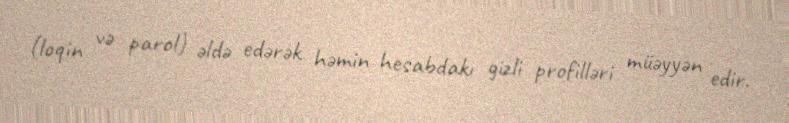
(loqin və parol) əldə edərək həmin hesabdakı gizli profilləri müəyyən edir.